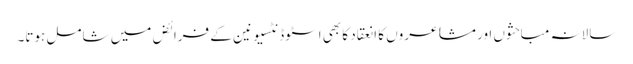
سالانہ مباحثوں اور مشاعروں کا انعقاد کا بھی اسٹوڈنٹسیونین کے فرائض میں شامل ہوتا۔